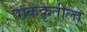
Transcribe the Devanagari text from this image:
पाककृतीला